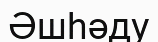
Әшһәду